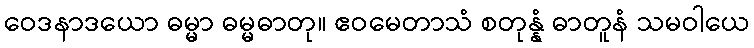
ဝေဒနာဒယော ဓမ္မာ ဓမ္မဓာတု။ ဧဝမေတာသံ စတုန္နံ ဓာတူနံ သမဝါယေ